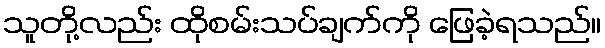
သူတို့လည်း ထိုစမ်းသပ်ချက်ကို ဖြေခဲ့ရသည်။